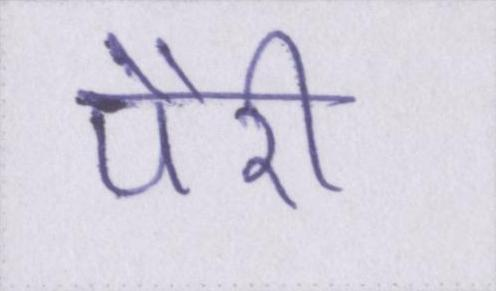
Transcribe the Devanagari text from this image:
पैरी